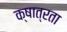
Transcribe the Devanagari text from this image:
क्षात्रता